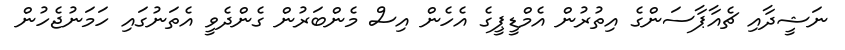
ނަޝީދާއި ޗެއާޕާސަންގެ އިތުރުން އެމްޑީޕީގެ އެހެން އިސް މެންބަރުން ގެންދެވީ އެތަނުގައި ހަމަނުޖެހުން